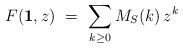
LaTeX: \begin{align*} F({\bf 1},z) \ = \ \sum_{k\ge 0} M_S(k) \, z^k\end{align*}